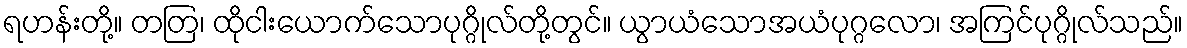
ရဟန်းတို့။ တတြ၊ ထိုငါးယောက်သောပုဂ္ဂိုလ်တို့တွင်။ ယွာယံသောအယံပုဂ္ဂလော၊ အကြင်ပုဂ္ဂိုလ်သည်။